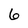
Character: 6